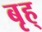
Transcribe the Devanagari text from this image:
बृह्